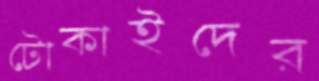
টোকাইদের